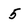
Character: 5